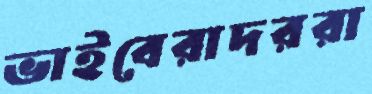
ভাইবেরাদররা